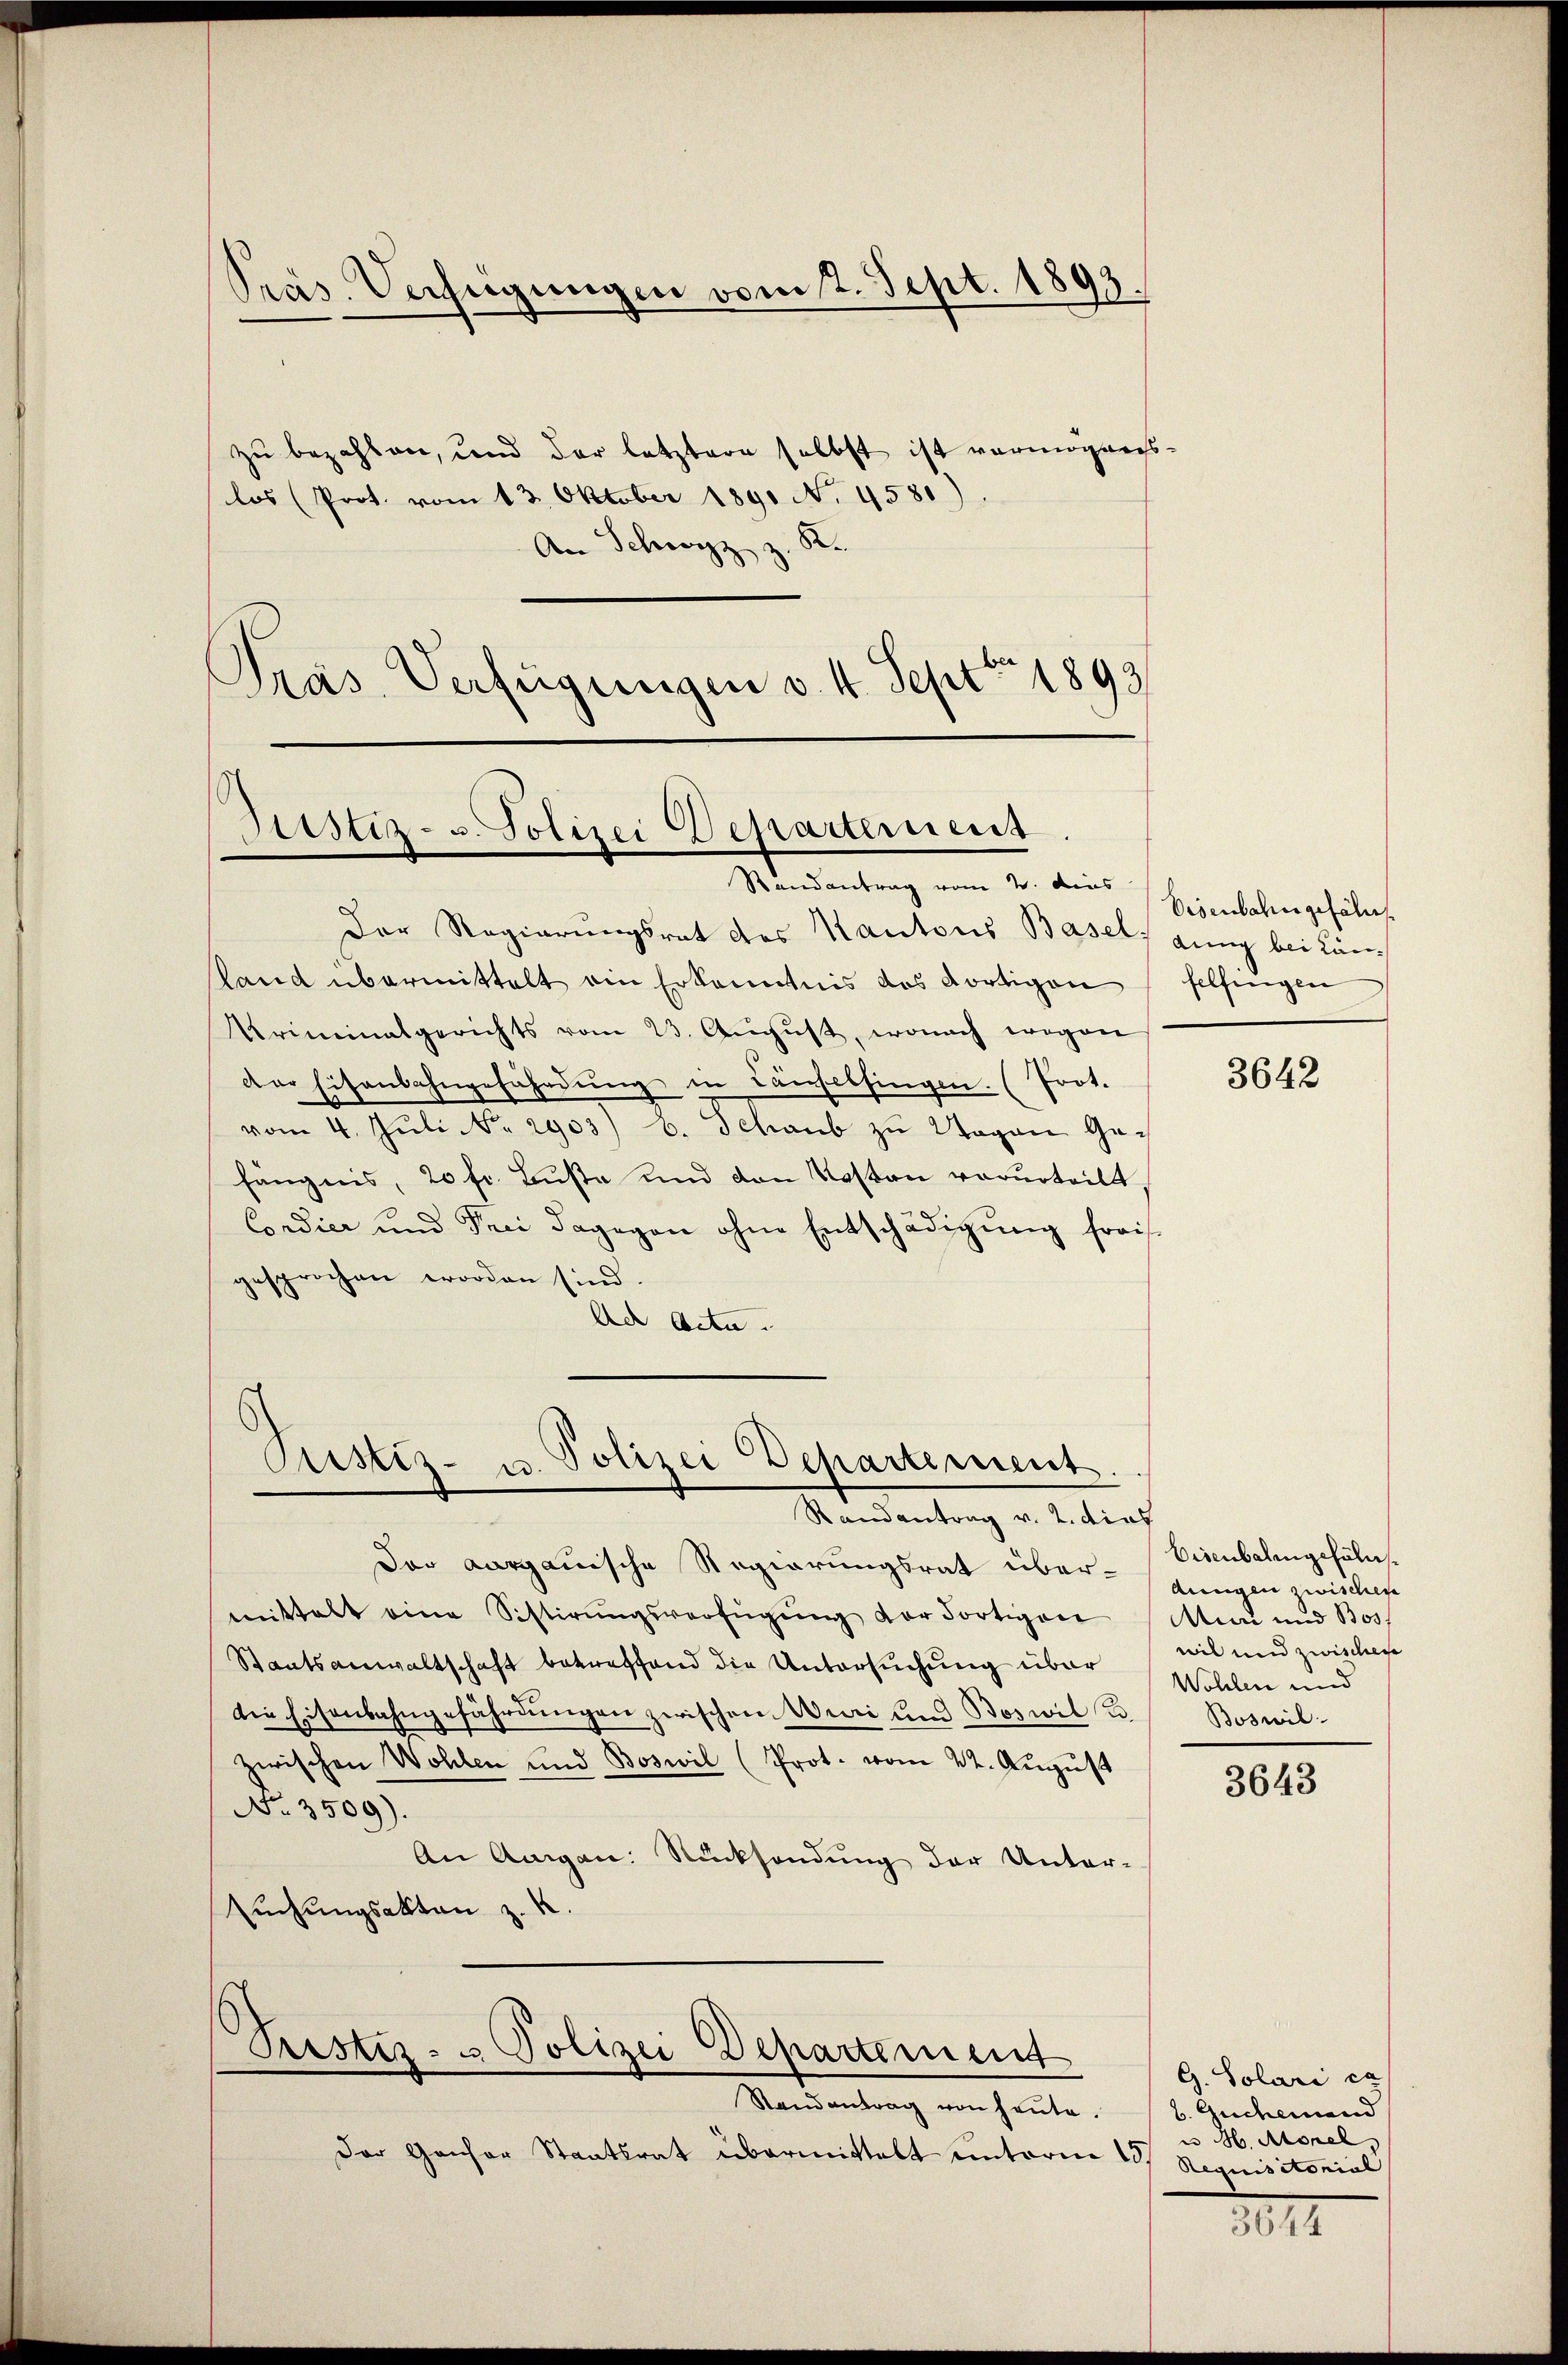
Pras. Verfügungen vom 2. Sept. 1893.

zu bezahlen, und der letztere selbst ist vermögenslos (Prot. vom 13. Oktober 1890 No 4580)
An Schwyz z. K.
Präs. Verfügungen v. 4. Sept 1893

Der Regierungsrat des Kantons Basel gung bei Kanland übermittalt ain Erkanntnis das dortigen
Kriminalgerichts vom 23. Aŭgŭst, wonach wegen
dar hisansahngefährdung in Laufelsingen. (Prot.
vom 4. Jŭli NNo. 2903) b. Schaub zu Wagen Ge-
fängnis, 20 fr. Buste und den Kasten verurteilt
Condier und Frei dagegen ohne Entschädigung fraisgesprochen worden sind
Ach Acta.

Justiz- u. Polizei Departement
Randantrag vom 2. dies

Pristiz- u. Polizei Departement.
Randantrag v. 2. dies

Prester- u Polizei Departement

Randantrag von heute.
Der Gansor Staatsrat übermittelt unterm

Eisenbahngefäh
felfingen

Der Aargauische Regierungsrat übermittelt eine Sistirŭngsverfügŭng vor Fortigen
Staatsanwaltschaft betreffend die Untersuchung über
die Eisenbahngefährdungen zwischen Muri und Boswil K
zwischen Wohlen und Boswil (Prot. vom 22. August
No. 3509).
An Augen Rücksendung der Unter-
Euchungsakten z. K.

3642

Eisenbalingefällsdungen zwischen
Min und Bos
wil und zwischen
Wohlen und
Boswil

3643

G. Solari ex
b. Guchemand
M. Morel,
Aequisitorial

3644